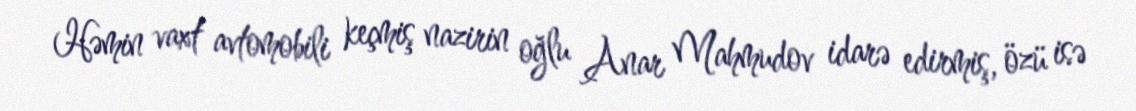
Həmin vaxt avtomobili keçmiş nazirin oğlu Anar Mahmudov idarə edirmiş, özü isə